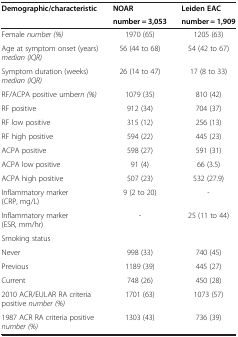
| <ROWSPAN=2> Demographic/characteristic | NOAR | Leiden EAC |
 | number = 3,053 | number = 1,909 |
 | --- | --- | --- |
 | Female number (%) | 1970 (65) | 1205 (63) |
 | Age at symptom onset (years) median (IQR) | 56 (44 to 68) | 54 (42 to 67) |
 | Symptom duration (weeks) median (IQR) | 26 (14 to 47) | 17 (8 to 33) |
 | RF/ACPA positive umbern (%) | 1079 (35) | 810 (42) |
 | RF positive | 912 (34) | 704 (37) |
 | RF low positive | 315 (12) | 256 (13) |
 | RF high positive | 594 (22) | 445 (23) |
 | ACPA positive | 598 (27) | 591 (31) |
 | ACPA low positive | 91 (4) | 66 (3.5) |
 | ACPA high positive | 507 (23) | 532 (27.9) |
 | Inflammatory marker (CRP, mg/L) | 9 (2 to 20) | - |
 | Inflammatory marker (ESR, mm/hr) | - | 25 (11 to 44) |
 | Smoking status |  |  |
 | Never | 998 (33) | 740 (45) |
 | Previous | 1189 (39) | 445 (27) |
 | Current | 748 (26) | 450 (28) |
 | 2010 ACR/EULAR RA criteria positive number (%) | 1701 (63) | 1073 (57) |
 | 1987 ACR RA criteria positive number (%) | 1303 (43) | 736 (39) |